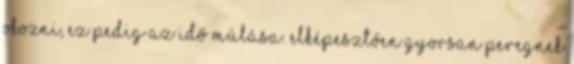
okozni, ez pedig az idő múlása. Elképesztően gyorsan peregnek